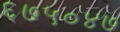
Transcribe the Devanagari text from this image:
६७५०४७